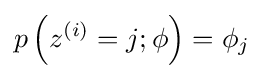
p\left(z^{(i)}=j;\phi \right)=\phi _{j}